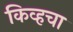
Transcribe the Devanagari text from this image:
किव्हचा